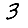
Digit: 3